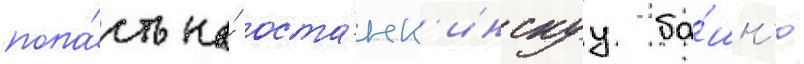
попа́сть на́ оста́нк'инскуу ба́шн'ю